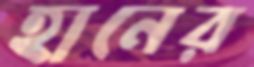
হানের